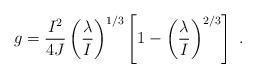
LaTeX: \begin{align*}g = {I^2 \over 4J} \left( {\lambda \over I} \right)^{1/3} \left[ 1 - \left( \lambda \over I \right)^{2/3} \right] \ . \end{align*}